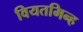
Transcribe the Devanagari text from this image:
वियतमिन्ह